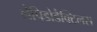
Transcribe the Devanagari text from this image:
लेपिडोडैक्टिलस